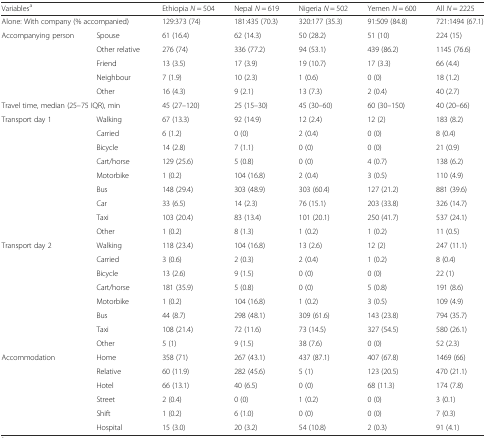
<table><thead><tr><td><b>Variables<sup>a</sup></b></td><td></td><td><b>Ethiopia <i>N</i> = 504</b></td><td><b>Nepal <i>N</i> = 619</b></td><td><b>Nigeria <i>N</i> = 502</b></td><td><b>Yemen <i>N</i> = 600</b></td><td><b>All <i>N</i> = 2225</b></td></tr></thead><tbody><tr><td colspan="2">Alone: With company (% accompanied)</td><td>129:373 (74)</td><td>181:435 (70.3)</td><td>320:177 (35.3)</td><td>91:509 (84.8)</td><td>721:1494 (67.1)</td></tr><tr><td>Accompanying person</td><td>Spouse</td><td>61 (16.4)</td><td>62 (14.3)</td><td>50 (28.2)</td><td>51 (10)</td><td>224 (15)</td></tr><tr><td></td><td>Other relative</td><td>276 (74)</td><td>336 (77.2)</td><td>94 (53.1)</td><td>439 (86.2)</td><td>1145 (76.6)</td></tr><tr><td></td><td>Friend</td><td>13 (3.5)</td><td>17 (3.9)</td><td>19 (10.7)</td><td>17 (3.3)</td><td>66 (4.4)</td></tr><tr><td></td><td>Neighbour</td><td>7 (1.9)</td><td>10 (2.3)</td><td>1 (0.6)</td><td>0 (0)</td><td>18 (1.2)</td></tr><tr><td></td><td>Other</td><td>16 (4.3)</td><td>9 (2.1)</td><td>13 (7.3)</td><td>2 (0.4)</td><td>40 (2.7)</td></tr><tr><td colspan="2">Travel time, median (25–75 IQR), min</td><td>45 (27–120)</td><td>25 (15–30)</td><td>45 (30–60)</td><td>60 (30–150)</td><td>40 (20–66)</td></tr><tr><td>Transport day 1</td><td>Walking</td><td>67 (13.3)</td><td>92 (14.9)</td><td>12 (2.4)</td><td>12 (2)</td><td>183 (8.2)</td></tr><tr><td></td><td>Carried</td><td>6 (1.2)</td><td>0 (0)</td><td>2 (0.4)</td><td>0 (0)</td><td>8 (0.4)</td></tr><tr><td></td><td>Bicycle</td><td>14 (2.8)</td><td>7 (1.1)</td><td>0 (0)</td><td>0 (0)</td><td>21 (0.9)</td></tr><tr><td></td><td>Cart/horse</td><td>129 (25.6)</td><td>5 (0.8)</td><td>0 (0)</td><td>4 (0.7)</td><td>138 (6.2)</td></tr><tr><td></td><td>Motorbike</td><td>1 (0.2)</td><td>104 (16.8)</td><td>2 (0.4)</td><td>3 (0.5)</td><td>110 (4.9)</td></tr><tr><td></td><td>Bus</td><td>148 (29.4)</td><td>303 (48.9)</td><td>303 (60.4)</td><td>127 (21.2)</td><td>881 (39.6)</td></tr><tr><td></td><td>Car</td><td>33 (6.5)</td><td>14 (2.3)</td><td>76 (15.1)</td><td>203 (33.8)</td><td>326 (14.7)</td></tr><tr><td></td><td>Taxi</td><td>103 (20.4)</td><td>83 (13.4)</td><td>101 (20.1)</td><td>250 (41.7)</td><td>537 (24.1)</td></tr><tr><td></td><td>Other</td><td>1 (0.2)</td><td>8 (1.3)</td><td>1 (0.2)</td><td>1 (0.2)</td><td>11 (0.5)</td></tr><tr><td>Transport day 2</td><td>Walking</td><td>118 (23.4)</td><td>104 (16.8)</td><td>13 (2.6)</td><td>12 (2)</td><td>247 (11.1)</td></tr><tr><td></td><td>Carried</td><td>3 (0.6)</td><td>2 (0.3)</td><td>2 (0.4)</td><td>1 (0.2)</td><td>8 (0.4)</td></tr><tr><td></td><td>Bicycle</td><td>13 (2.6)</td><td>9 (1.5)</td><td>0 (0)</td><td>0 (0)</td><td>22 (1)</td></tr><tr><td></td><td>Cart/horse</td><td>181 (35.9)</td><td>5 (0.8)</td><td>0 (0)</td><td>5 (0.8)</td><td>191 (8.6)</td></tr><tr><td></td><td>Motorbike</td><td>1 (0.2)</td><td>104 (16.8)</td><td>1 (0.2)</td><td>3 (0.5)</td><td>109 (4.9)</td></tr><tr><td></td><td>Bus</td><td>44 (8.7)</td><td>298 (48.1)</td><td>309 (61.6)</td><td>143 (23.8)</td><td>794 (35.7)</td></tr><tr><td></td><td>Taxi</td><td>108 (21.4)</td><td>72 (11.6)</td><td>73 (14.5)</td><td>327 (54.5)</td><td>580 (26.1)</td></tr><tr><td></td><td>Other</td><td>5 (1)</td><td>9 (1.5)</td><td>38 (7.6)</td><td>0 (0)</td><td>52 (2.3)</td></tr><tr><td>Accommodation</td><td>Home</td><td>358 (71)</td><td>267 (43.1)</td><td>437 (87.1)</td><td>407 (67.8)</td><td>1469 (66)</td></tr><tr><td></td><td>Relative</td><td>60 (11.9)</td><td>282 (45.6)</td><td>5 (1)</td><td>123 (20.5)</td><td>470 (21.1)</td></tr><tr><td></td><td>Hotel</td><td>66 (13.1)</td><td>40 (6.5)</td><td>0 (0)</td><td>68 (11.3)</td><td>174 (7.8)</td></tr><tr><td></td><td>Street</td><td>2 (0.4)</td><td>0 (0)</td><td>1 (0.2)</td><td>0 (0)</td><td>3 (0.1)</td></tr><tr><td></td><td>Shift</td><td>1 (0.2)</td><td>6 (1.0)</td><td>0 (0)</td><td>0 (0)</td><td>7 (0.3)</td></tr><tr><td></td><td>Hospital</td><td>15 (3.0)</td><td>20 (3.2)</td><td>54 (10.8)</td><td>2 (0.3)</td><td>91 (4.1)</td></tr></tbody></table>